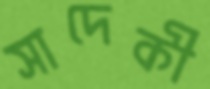
সাদেকী